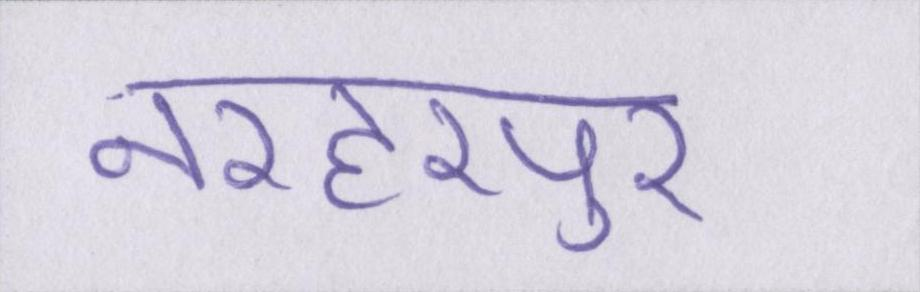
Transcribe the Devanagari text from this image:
नरहरपुर